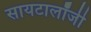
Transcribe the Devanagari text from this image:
सायटालॉजी